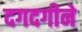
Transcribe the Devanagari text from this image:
दगदगीने